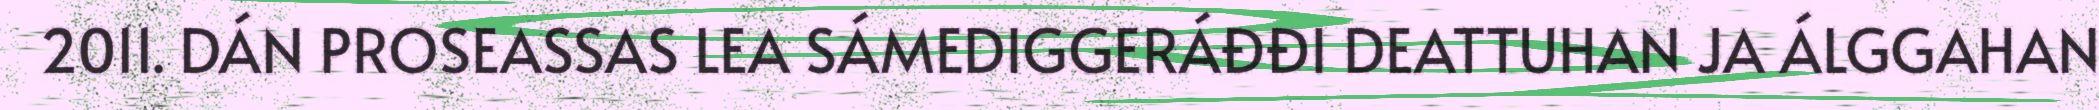
2011. DÁN PROSEASSAS LEA SÁMEDIGGERÁĐĐI DEATTUHAN JA ÁLGGAHAN